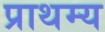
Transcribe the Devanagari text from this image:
प्राथम्य